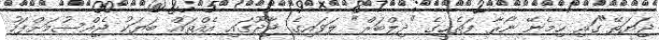
ޖަޔަތޭ"ގައި ހިމެނޭ ނޯރާ ފަތެހީގެ "ދިލްބަރް" ލަވައިގެ ޖާދޫގައި އެއްތައް ބަޔަކު ޖެއްސުމަށްފަހު